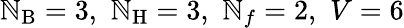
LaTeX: \mathbb{N}_{\mathrm{{B}}}=3,\, \, \mathbb{N}_{\mathrm{{H}}}=3,\, \, \mathbb{N}_{f}=2,\, \, V=6